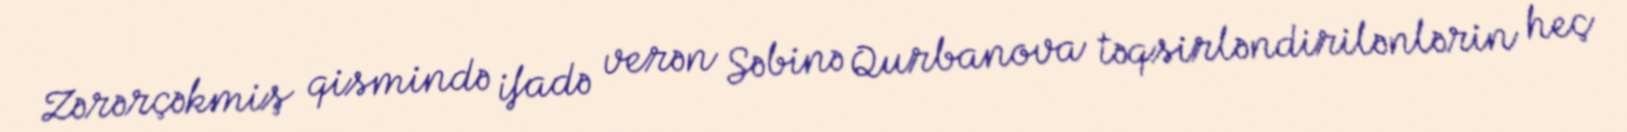
Zərərçəkmiş qismində ifadə verən Səbinə Qurbanova təqsirləndirilənlərin heç